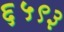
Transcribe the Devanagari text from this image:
६५९३